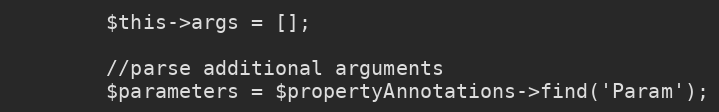
Language: PHP
		$this->args = [];

		//parse additional arguments
		$parameters = $propertyAnnotations->find('Param');